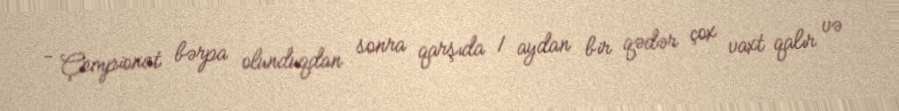
- Çempionat bərpa olunduqdan sonra qarşıda 1 aydan bir qədər çox vaxt qalır və